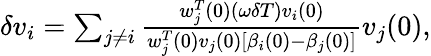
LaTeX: \begin{array}{r}{\delta v_{i}=\sum_{j\neq i}\frac{w_{j}^{T}(0)(\omega\delta T)v_{i}(0)}{w_{j}^{T}(0)v_{j}(0)\left[\beta_{i}(0)-\beta_{j}(0)\right]}v_{j}(0),}\end{array}